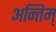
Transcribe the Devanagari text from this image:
अन्तिम्